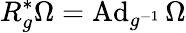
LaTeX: R_{g}^{*}\Omega=\operatorname{Ad}_{g^{-1}}\Omega